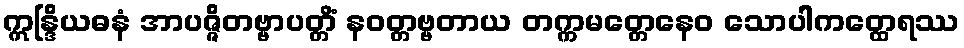
ဣန္ဒြိယဓနံ အာပဇ္ဇိတဗ္ဗာပတ္တိံ နဝတ္တဗ္ဗတာယ တက္ကမတ္တေနေဝ သောပါကတ္ထေရဿ